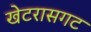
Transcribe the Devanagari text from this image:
खेटरासगट